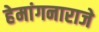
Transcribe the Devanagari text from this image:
हेमांगनाराजे